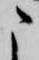
こ